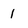
Character: 1